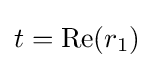
t={\text{Re}}(r_{1})